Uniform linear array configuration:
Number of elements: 64
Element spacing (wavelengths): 1
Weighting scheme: binomial
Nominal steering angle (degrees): -60
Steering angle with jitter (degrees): -60.601
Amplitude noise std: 0.05
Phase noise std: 0.05

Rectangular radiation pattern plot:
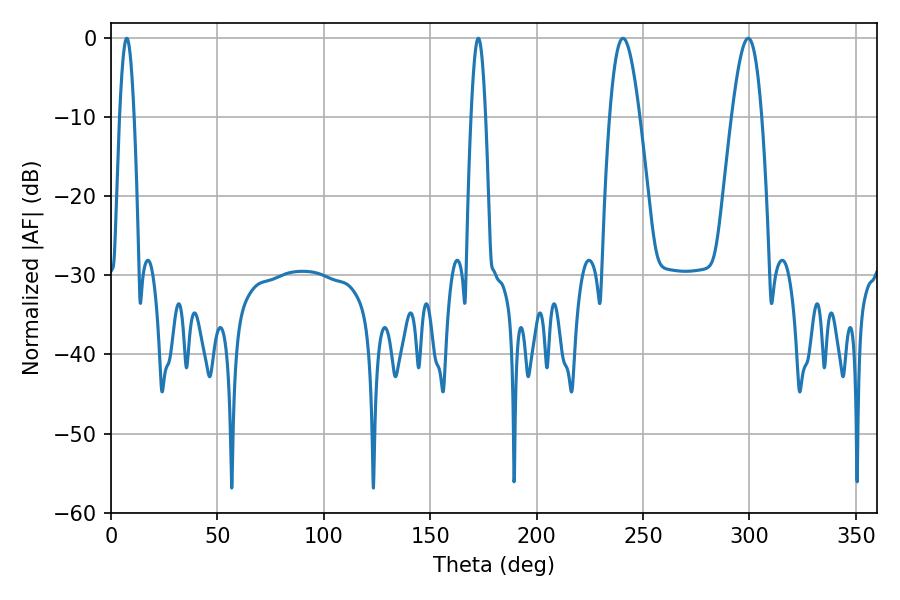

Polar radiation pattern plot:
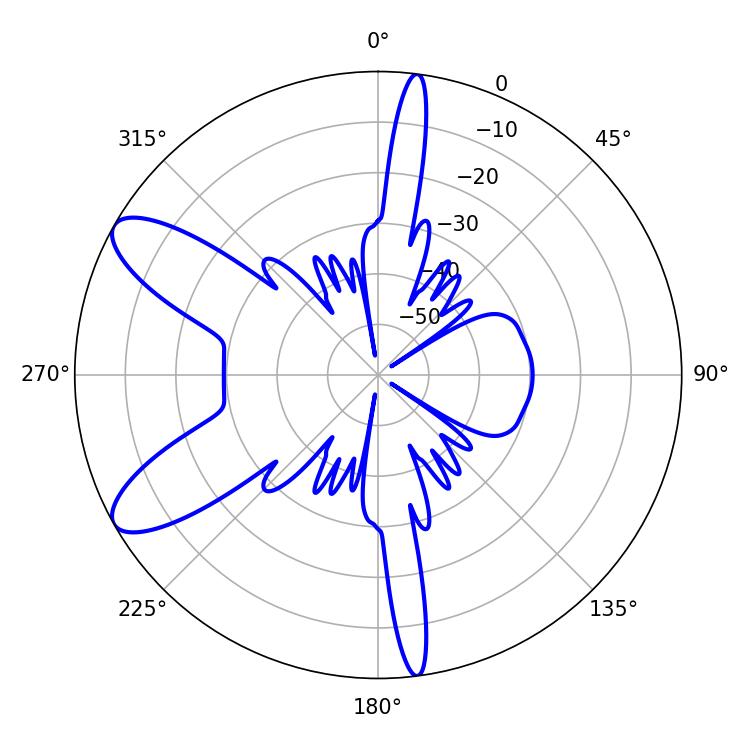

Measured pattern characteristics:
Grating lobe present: TRUE
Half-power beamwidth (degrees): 3.6
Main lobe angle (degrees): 7.38